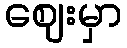
ဈေးမှာ